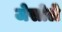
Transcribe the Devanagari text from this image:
जेसोले